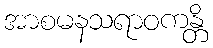
အာစမနသရာဝကန္တိ